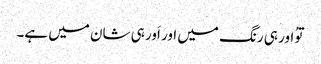
توُ اور ہی رنگ میں اور اَور ہی شان میں ہے۔